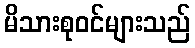
မိသားစုဝင်များသည်